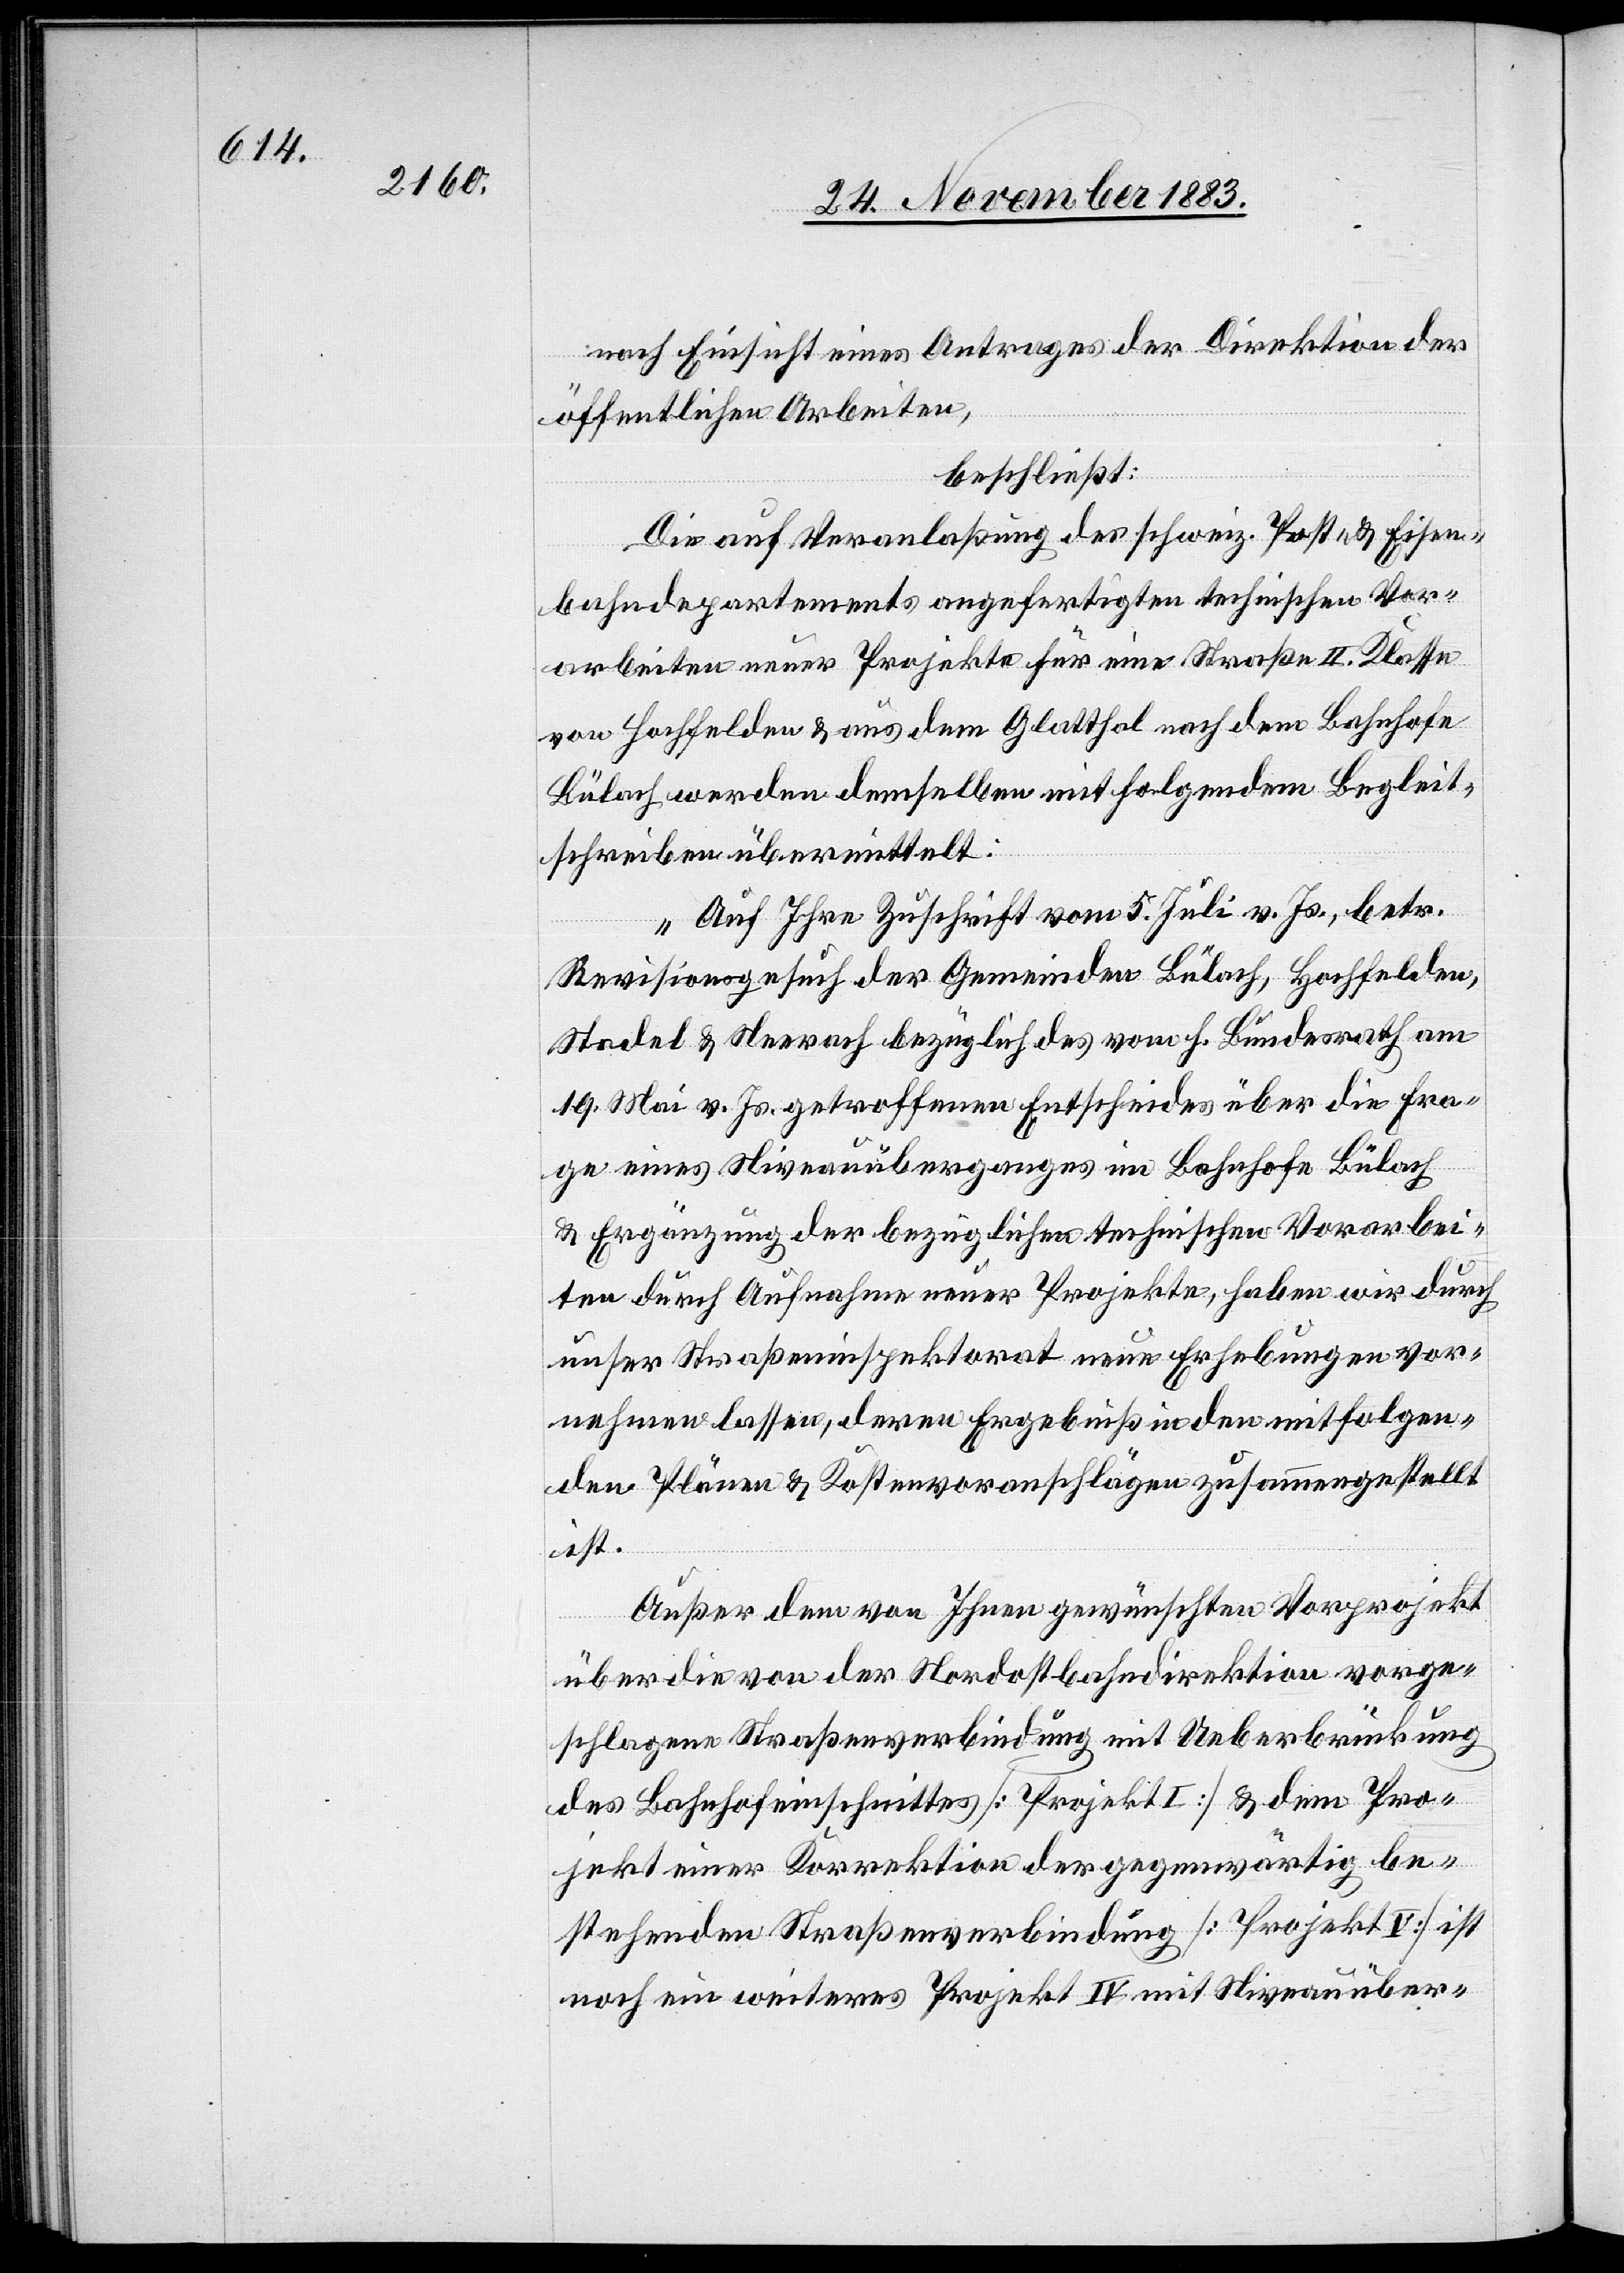
nach Einsicht eines Antrages der Direktion der
öffentlichen Arbeiten,
beschließt:
Die auf Veranlaßung des schweiz. Post- & Eisen¬
bahndepartements angefertigten technischen Vor¬
arbeiten neuer Projekte für eine Straße II. Klasse
von Hochfelden & aus dem Glatthal nach dem Bahnhofe
Bülach werden demselben mit folgendem Begleit¬
schreiben übermittelt:
„Auf Ihre Zuschrift vom 5. Juli v. Js., betr.
Revisionsgesuch der Gemeinden Bülach, Hochfelden,
Stadel & Neerach bezüglich des vom h. Bundesrath am
19. Mai v. Js. getroffenen Entscheides über die Fra¬
ge eines Niveauüberganges im Bahnhofe Bülach
& Ergänzung der bezüglichen technischen Vorarbei¬
ten durch Aufnahme neuer Projekte, haben wir durch
unser Straßeninspektorat neue Erhebungen vor¬
nehmen lassen, deren Ergebniß in den mitfolgen¬
den Plänen & Kostenvoranschlägen zusammengestellt
ist.
Außer dem von Ihnen gewünschten Vorprojekt
über die von der Nordostbahndirektion vorge¬
schlagene Straßenverbindung mit Ueberbrückung
des Bahnhofeinschnittes [Projekt I] & dem Pro¬
jekt einer Korrektion der gegenwärtig be¬
stehenden Straßenverbindung [Projekt V] ist
noch ein weiteres Projekt IV mit Niveauüber-